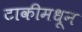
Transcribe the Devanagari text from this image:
टाकीमधून